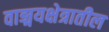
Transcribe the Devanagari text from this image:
वाङ्मयक्षेत्रातील